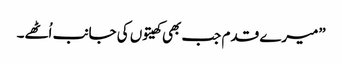
”میرے قدم جب بھی کھیتوں کی جانب اُٹھے۔